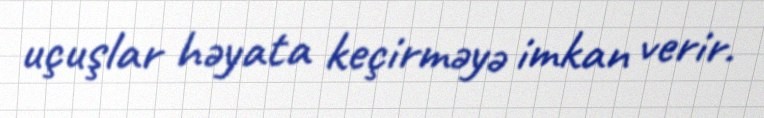
uçuşlar həyata keçirməyə imkan verir.